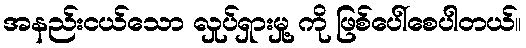
အနည်းငယ်သော လှုပ်ရှားမှု့ ကို ဖြစ်ပေါ်စေပါတယ်။